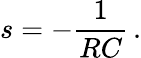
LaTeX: s=-{\frac{1}{RC}}\, .